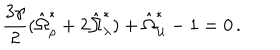
\frac { 3 \gamma } { 2 } ( \hat { \Omega } _ { \rho } ^ { \ast } + 2 \hat { \Omega } _ { \lambda } ^ { \ast } ) + \hat { \Omega } _ { \cal U } ^ { \ast } - 1 = 0 \, .